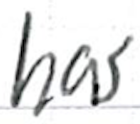
Text: has
Cross-out: clean
Writing tool: ballpoint